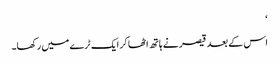
‘
اس کے بعد قیصر نے ہاتھ اٹھا کر ایک ٹرے میں رکھا۔